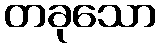
တခုသော